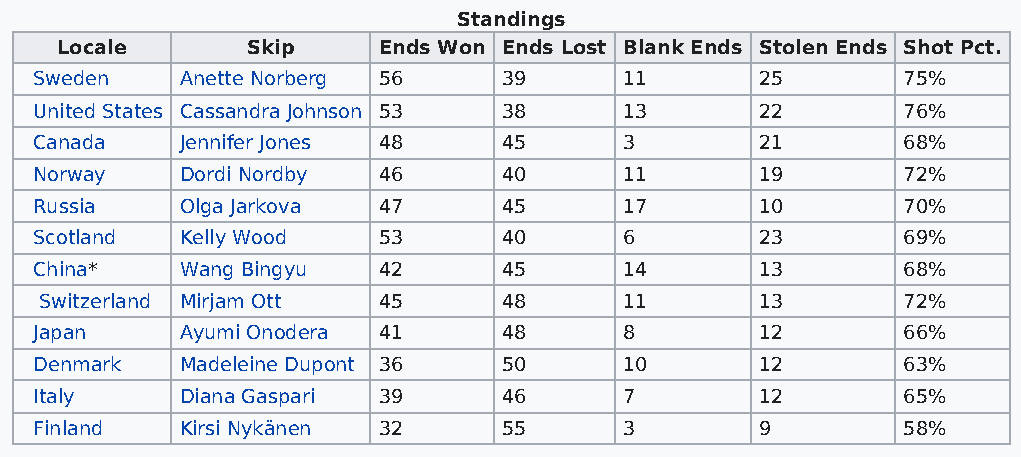
Standings
 Locale      Skip     Ends Won Ends Lost Blank Ends Stolen Ends Shot Pct.
 Sweden    Anette Norberg 56    39      11       25        75%
 United States Cassandra Johnson 53 38  13       22        76%
 Canada    Jennifer Jones 48    45      3        21        68%
 Norway    Dordi Nordby 46      40      11       19        72%
 Russia    Olga Jarkova 47      45      17       10        70%
 Scotland  Kelly Wood   53      40      6        23        69%
 China*    Wang Bingyu  42      45      14       13        68%
 Switzerland Mirjam Ott 45     48      11       13        72%
 Japan     Ayumi Onodera 41     48      8        12        66%
 Denmark   Madeleine Dupont 36  50      10       12        63%
 Italy     Diana Gaspari 39     46      7        12        65%
 Finland   Kirsi Nykänen 32     55      3        9         58%